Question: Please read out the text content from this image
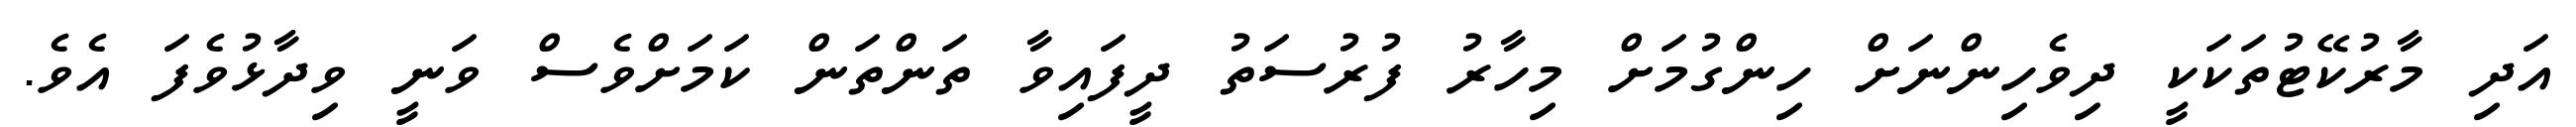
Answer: އަދި މާރުކޭޓުތަކަކީ ދިވެހިންނަށް ހިންގުމަށް މިހާރު ފުރުސަތު ދީފައިވާ ތަންތަން ކަމަށްވެސް ވަނީ ވިދާޅުވެފަ އެވެ.